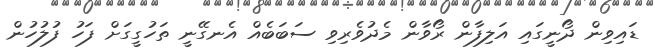
ޑައިވިން ދޯނީގައި އަލިފާން ރޯވާން މެދުވެރިވި ސަބަބެއް އެނގޭނީ ތަހުގީގަށް ފަހު ފުލުހުން